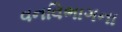
વનવિભાગના